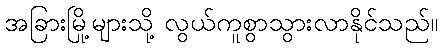
အခြားမြို့များသို့ လွယ်ကူစွာသွားလာနိုင်သည်။